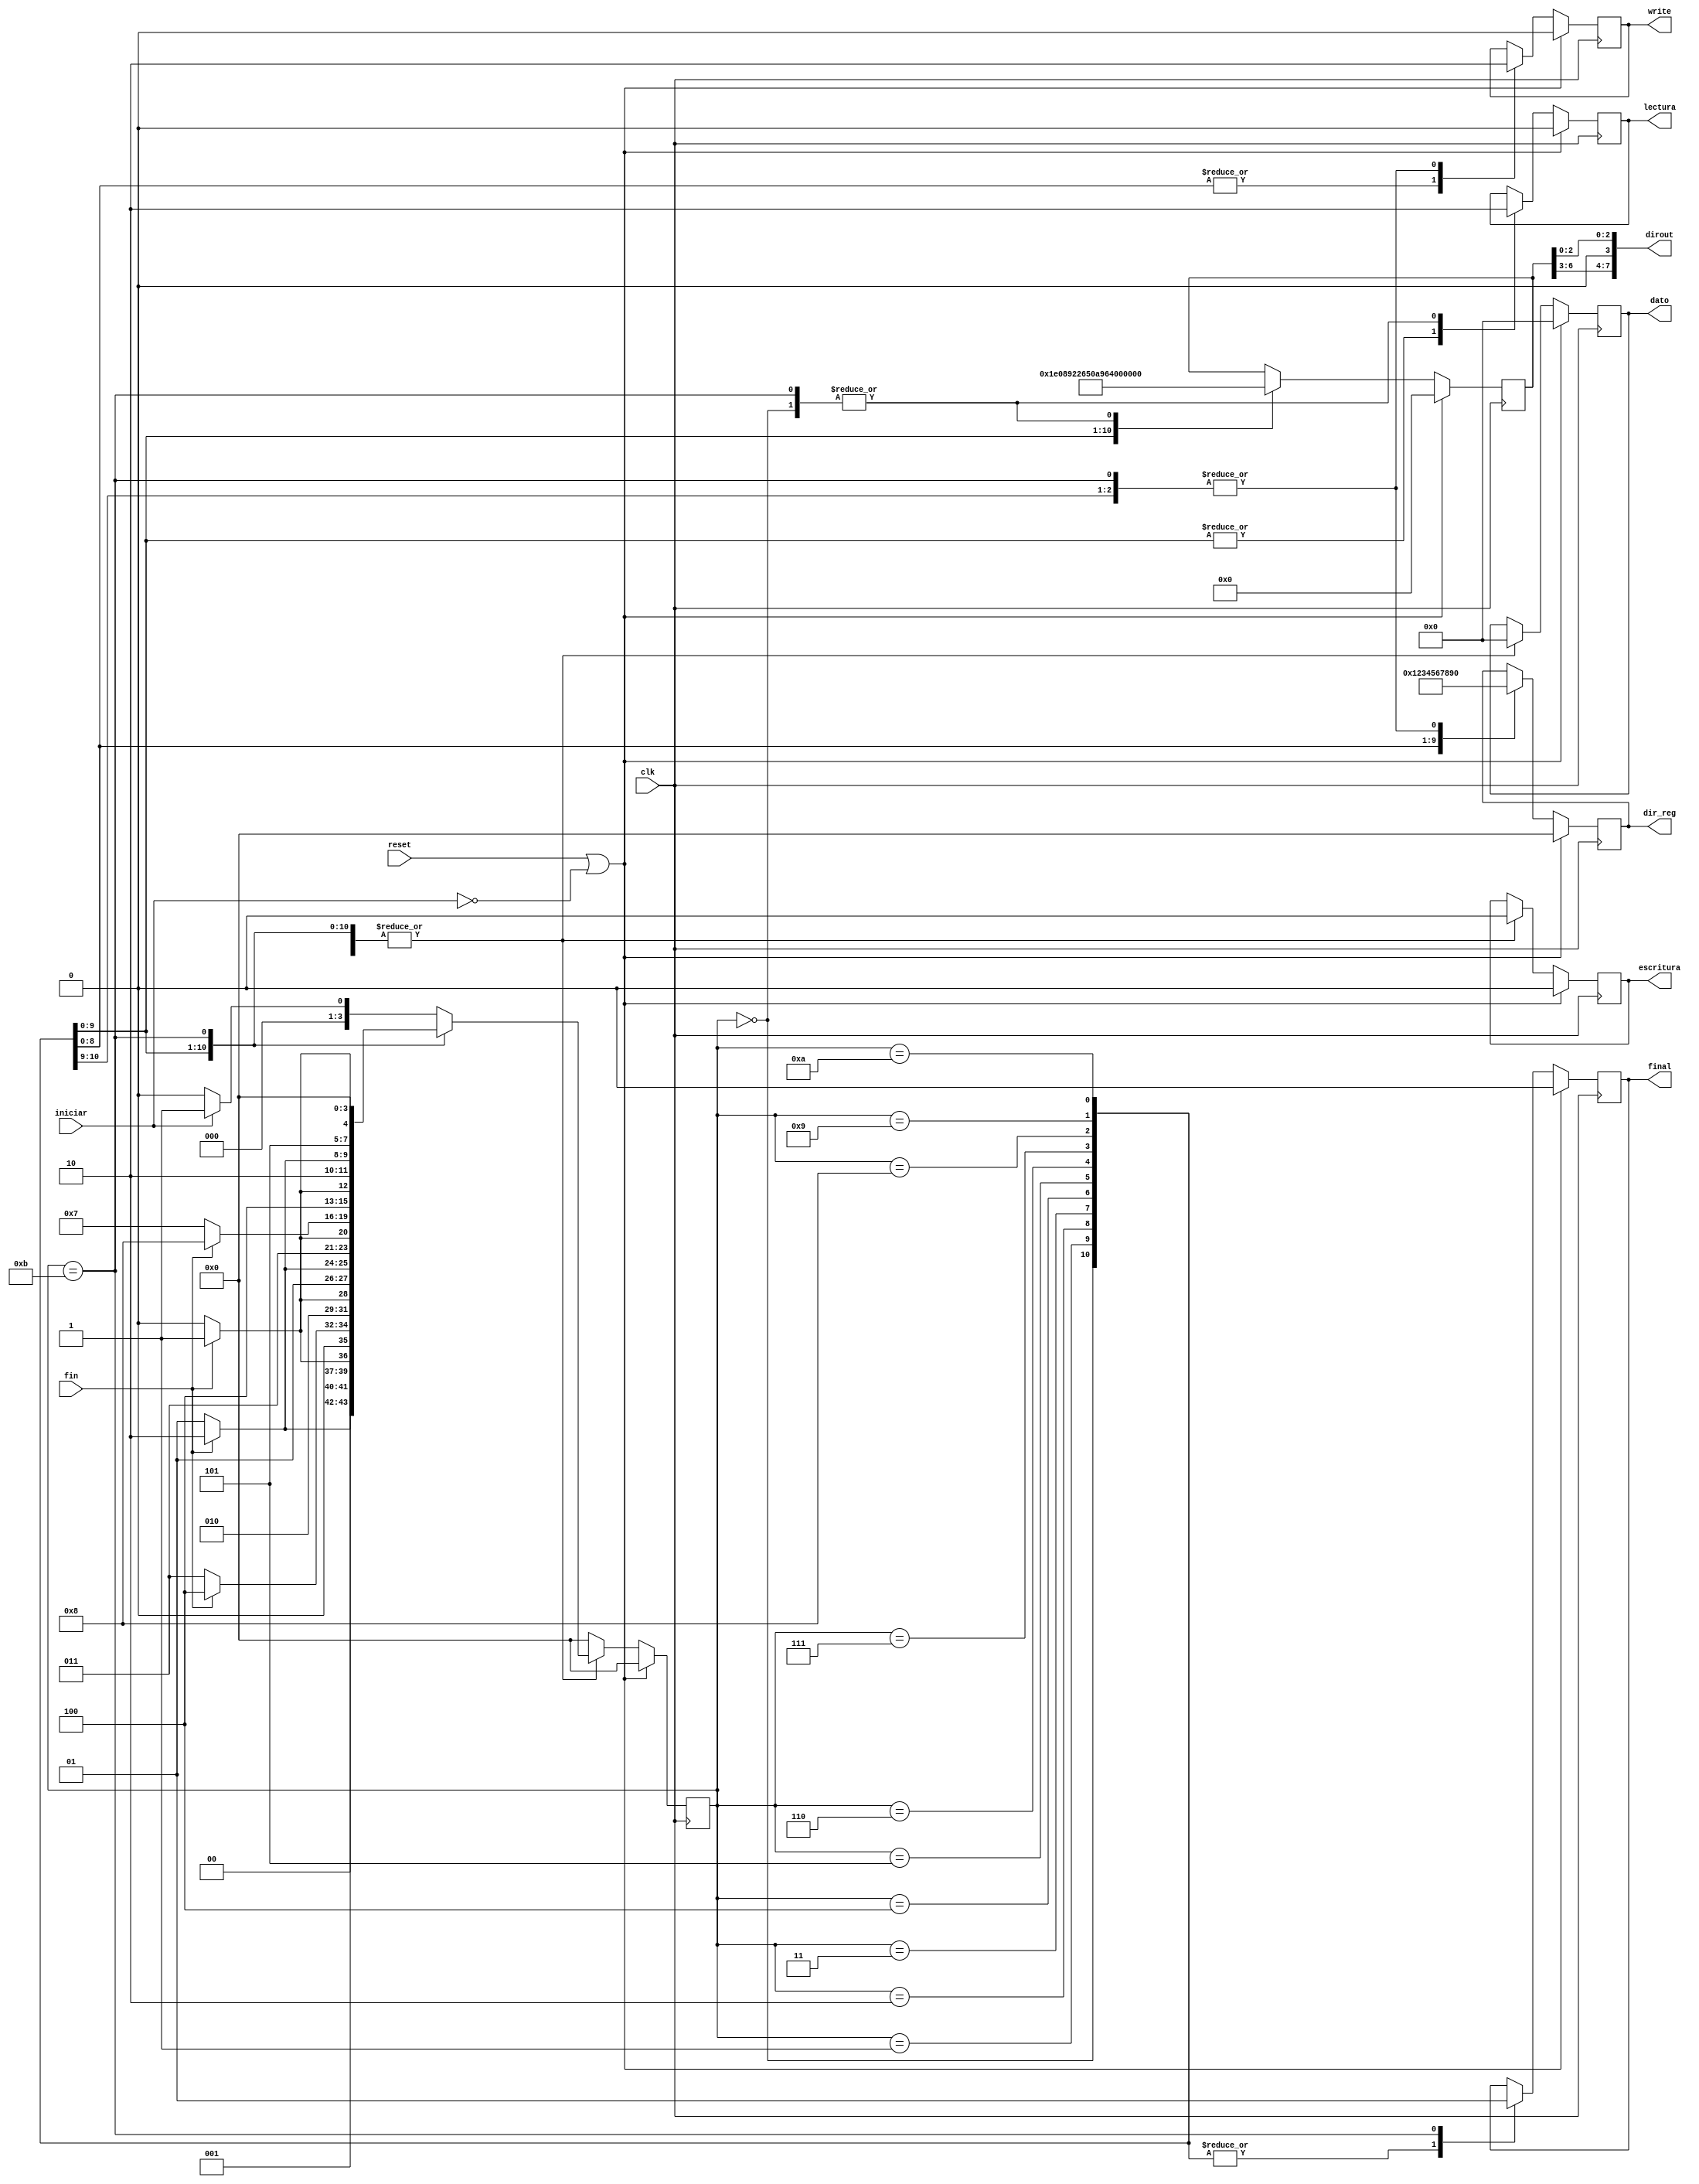
`timescale 1ns / 1ps
//////////////////////////////////////////////////////////////////////////////////
// Company: 
// Engineer: 
// 
// Design Name: 
// Module Name:    while_true 
// Project Name: 
// Target Devices: 
// Tool versions: 
// Description: 
//
// Dependencies: 
//
// Revision: 
// Revision 0.01 - File Created
// Additional Comments: 
//
//////////////////////////////////////////////////////////////////////////////////
module while_true(reset,clk,iniciar,fin,dirout,dir_reg,dato,write,escritura,lectura,final);
//inicio input output
input reset;
input iniciar;
input clk;
input fin;
output [7:0] dirout;
output [3:0] dir_reg;
output [7:0] dato;
output write;
output escritura;
output lectura;
output final;
//fin input output
reg [6:0] dir;
reg [3:0] dir_reg;
reg [7:0] dato;
reg write;
reg escritura;
reg lectura;
reg final;

//inicio variables y parametros internos
reg [3:0] state;
reg [3:0] next_state;

assign dirout={dir[6:3],1'b0,dir[2:0]};

parameter [3:0] inicio = 4'b0000;
parameter [3:0] command = 4'b0001;
parameter [3:0] clk_segundos = 4'b0010;
parameter [3:0] clk_minutos = 4'b0011;
parameter [3:0] clk_horas = 4'b0100;
parameter [3:0] dia = 4'b0101;	
parameter [3:0] mes = 4'b0110;
parameter [3:0] year = 4'b0111;
parameter [3:0] timer_segundos = 4'b1000;
parameter [3:0] timer_minutos = 4'b1001;
parameter [3:0] timer_horas = 4'b1010;
parameter [3:0] finalizacion = 4'b1011;
//logica de estado siguiente
always @(state or iniciar or fin)
begin
 next_state = 0;
 case (state)
  inicio:begin
          if (iniciar == 1'b1)
			  next_state = command;
			 else
			  next_state = inicio;
   end
  command:begin
          if (fin == 1'b1)
			  next_state = clk_segundos;
			 else
			  next_state = command;
   end
  clk_segundos:begin
          if (fin == 1'b1)
			  next_state = clk_minutos;
			 else
			  next_state = clk_segundos;
   end
  clk_minutos:begin
          if (fin == 1'b1)
			  next_state = clk_horas;
			 else
			  next_state = clk_minutos;
   end
  clk_horas:begin
          if (fin == 1'b1)
			  next_state = dia;
			 else
			  next_state = clk_horas;
   end
  dia:begin
          if (fin == 1'b1)
			  next_state = mes;
			 else
			  next_state = dia;
   end
  mes:begin
          if (fin == 1'b1)
			  next_state = year;
			 else
			  next_state = mes;
   end
  year:begin
          if (fin == 1'b1)
			  next_state = timer_segundos;
			 else
			  next_state = year;
   end
  timer_segundos:begin
          if (fin == 1'b1)
			  next_state = timer_minutos;
			 else
			  next_state = timer_segundos;
   end
  timer_minutos:begin
          if (fin == 1'b1)
			  next_state = timer_horas;
			 else
			  next_state = timer_minutos;
   end
  timer_horas:begin
          if (fin == 1'b1)
			  next_state = finalizacion;
			 else
			  next_state = timer_horas;
			  end
	finalizacion:
			if (iniciar == 1'b1)
			  next_state = inicio;
  default:begin
          next_state = inicio;
   end
  endcase
end
//logica de salida
always @(posedge clk)
begin
 if (reset || ~iniciar)
 begin
  dir <= 7'b0;
  dir_reg <= 8'b0;
  dato <= 8'b0;
  write <= 1'b0;
  escritura <= 1'b0;
  lectura <= 1'b0;
  final <= 1'b0;
  state <= inicio;
 end
 else
 begin
  state <= next_state;
  case (state)
   inicio:begin
           dir <= 7'b0;
			  dir_reg <= 8'b0;
           dato <= 8'b0;
           write <= 1'b0;
           escritura <= 1'b0;
           lectura <= 1'b0;
           final <= 1'b0;
    end
   command:begin
           dir <= 7'b1111000;//8'b11110000
			  dir_reg <= 8'b0;
           dato <= 8'h00;
           write <= 1'b0;
           escritura <= 1'b0;
           lectura <= 1'b1; // MERAYO WAS HERE
           final <= 1'b0;
    end
   clk_segundos:begin
           dir <= 7'b0010001;//8'b00100001;
			  dir_reg <= 8'b00000001;
           dato <= 8'b0;
           write <= 1'b1;
           escritura <= 1'b0;
           lectura <= 1'b1;
           final <= 1'b0;
    end
   clk_minutos:begin
           dir <= 7'b0010010;//8'b00100010
			  dir_reg <= 8'b00000010;
           dato <= 8'b0;
           write <= 1'b1;
           escritura <= 1'b0;
           lectura <= 1'b1;
           final <= 1'b0;
    end
   clk_horas:begin
           dir <= 7'b0010011;//8'b00100011
			  dir_reg <= 8'b00000011;
           dato <= 8'b0;
           write <= 1'b1;
           escritura <= 1'b0;
           lectura <= 1'b1;
           final <= 1'b0;
    end
   dia:begin
           dir <= 7'b0010100;//8'b00100100
			  dir_reg <= 8'b00000100;
           dato <= 8'b0;
           write <= 1'b1;
           escritura <= 1'b0;
           lectura <= 1'b1;
           final <= 1'b0;
    end
   mes:begin
           dir <= 7'b0010101;// 8'b00100101
			  dir_reg <= 8'b00000101;
           dato <= 8'b0;
           write <= 1'b1;
           escritura <= 1'b0;
           lectura <= 1'b1;
           final <= 1'b0;
    end
   year:begin
           dir <= 7'b0010110;//8'b00100110
			  dir_reg <= 8'b00000110;
           dato <= 8'b0;
           write <= 1'b1;
           escritura <= 1'b0;
           lectura <= 1'b1;
           final <= 1'b0;
    end
   timer_segundos:begin
           dir <= 7'b0100001;//8'b000110001
			  dir_reg <= 8'b00000111;
           dato <= 8'b0;
           write <= 1'b1;
           escritura <= 1'b0;
           lectura <= 1'b1;
           final <= 1'b0;
    end
   timer_minutos:begin
           dir <= 7'b0100010;//8'b000110010
			  dir_reg <= 8'b00001000;
           dato <= 8'b0;
           write <= 1'b1;
           escritura <= 1'b0;
           lectura <= 1'b1;
           final <= 1'b0;
    end
   timer_horas:begin
           dir <= 7'b0100011;//8'b000110011
			  dir_reg <= 8'b00001001;
           dato <= 8'b0;
           write <= 1'b1;
           escritura <= 1'b0;
           lectura <= 1'b1;
           final <= 1'b0;
    end
	 finalizacion:begin
           dir <= 7'b0;
			  dir_reg <= 8'b0;
           dato <= 8'b0;
           write <= 1'b0;
           escritura <= 1'b0;
           lectura <= 1'b0;
           final <= 1'b1;
    end
   default:begin
          state <= inicio;
   end
  endcase
 end
end

endmodule